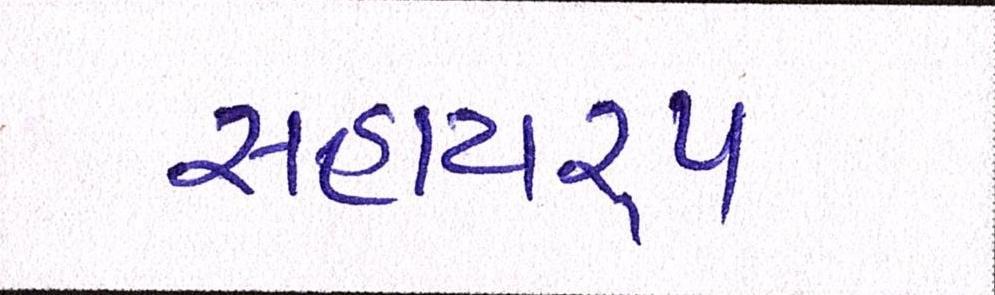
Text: સહાયરૃપ